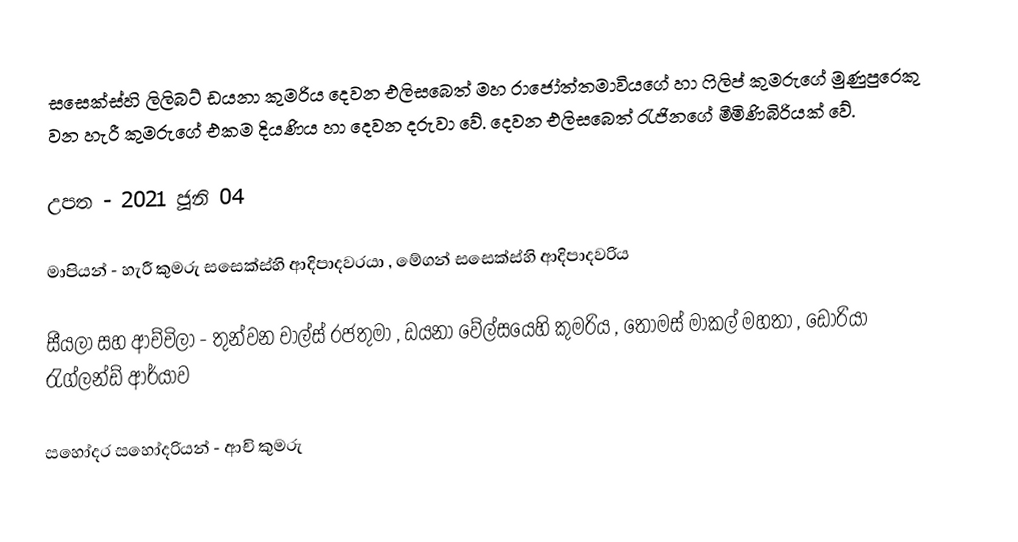
සසෙක්ස්හි ලිලිබට් ඩයනා කුමරිය  දෙවන එලිසබෙත් මහ රාජෝත්තමාවියගේ හා ෆිලිප් කුමරුගේ මුණුපුරෙකු වන හැරී කුමරුගේ එකම දියණිය හා දෙවන දරුවා වේ. දෙවන එලිසබෙත් රැජිනගේ මීමිණිබිරියක් වේ.

උපත - 2021 ජූනි 04

මාපියන් - හැරී කුමරු සසෙක්ස්හි ආදිපාදවරයා , මේගන් සසෙක්ස්හි ආදිපාදවරිය

සීයලා සහ ආච්චිලා - තුන්වන චාල්ස් රජතුමා , ඩයනා වේල්සයෙහි කුමරිය , තෝමස් මාකල් මහතා , ඩෝරියා රැග්ලන්ඩ් ආර්යාව

සහෝදර සහෝදරියන් - ආචි කුමරු